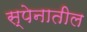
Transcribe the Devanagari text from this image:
स्पेनातील